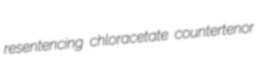
resentencing chloracetate countertenor